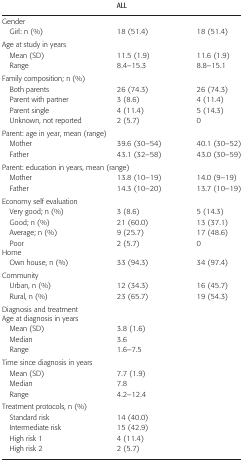
<table><thead><tr><td>[EMPTY_CELL]</td><td><b>ALL</b></td><td>[EMPTY_CELL]</td></tr></thead><tbody><tr><td colspan="3">Gender</td></tr><tr><td>Girl: n (%)</td><td>18 (51.4)</td><td>18 (51.4)</td></tr><tr><td colspan="3">Age at study in years</td></tr><tr><td>Mean (SD)</td><td>11.5 (1.9)</td><td>11.6 (1.9)</td></tr><tr><td>Range</td><td>8.4–15.3</td><td>8.8–15.1</td></tr><tr><td colspan="3">Family composition; n (%)</td></tr><tr><td>Both parents</td><td>26 (74.3)</td><td>26 (74.3)</td></tr><tr><td>Parent with partner</td><td>3 (8.6)</td><td>4 (11.4)</td></tr><tr><td>Parent single</td><td>4 (11.4)</td><td>5 (14.3)</td></tr><tr><td>Unknown, not reported</td><td>2 (5.7)</td><td>0</td></tr><tr><td colspan="3">Parent: age in year, mean (range)</td></tr><tr><td>Mother</td><td>39.6 (30–54)</td><td>40.1 (30–52)</td></tr><tr><td>Father</td><td>43.1 (32–58)</td><td>43.0 (30–59)</td></tr><tr><td colspan="3">Parent: education in years, mean (range)</td></tr><tr><td>Mother</td><td>13.8 (10–19)</td><td>14.0 (9–19)</td></tr><tr><td>Father</td><td>14.3 (10–20)</td><td>13.7 (10–19)</td></tr><tr><td colspan="3">Economy self evaluation</td></tr><tr><td>Very good; n (%)</td><td>3 (8.6)</td><td>5 (14.3)</td></tr><tr><td>Good; n (%)</td><td>21 (60.0)</td><td>13 (37.1)</td></tr><tr><td>Average; n (%)</td><td>9 (25.7)</td><td>17 (48.6)</td></tr><tr><td>Poor</td><td>2 (5.7)</td><td>0</td></tr><tr><td colspan="3">Home</td></tr><tr><td>Own house, n (%)</td><td>33 (94.3)</td><td>34 (97.4)</td></tr><tr><td colspan="3">Community</td></tr><tr><td>Urban, n (%)</td><td>12 (34.3)</td><td>16 (45.7)</td></tr><tr><td>Rural, n (%)</td><td>23 (65.7)</td><td>19 (54.3)</td></tr><tr><td colspan="3">Diagnosis and treatment</td></tr><tr><td colspan="3">Age at diagnosis in years</td></tr><tr><td>Mean (SD)</td><td>3.8 (1.6)</td><td>[EMPTY_CELL]</td></tr><tr><td>Median</td><td>3.6</td><td>[EMPTY_CELL]</td></tr><tr><td>Range</td><td>1.6–7.5</td><td>[EMPTY_CELL]</td></tr><tr><td colspan="3">Time since diagnosis in years</td></tr><tr><td>Mean (SD)</td><td>7.7 (1.9)</td><td>[EMPTY_CELL]</td></tr><tr><td>Median</td><td>7.8</td><td>[EMPTY_CELL]</td></tr><tr><td>Range</td><td>4.2–12.4</td><td>[EMPTY_CELL]</td></tr><tr><td colspan="3">Treatment protocols, n (%)</td></tr><tr><td>Standard risk</td><td>14 (40.0)</td><td>[EMPTY_CELL]</td></tr><tr><td>Intermediate risk</td><td>15 (42.9)</td><td>[EMPTY_CELL]</td></tr><tr><td>High risk 1</td><td>4 (11.4)</td><td>[EMPTY_CELL]</td></tr><tr><td>High risk 2</td><td>2 (5.7)</td><td>[EMPTY_CELL]</td></tr></tbody></table>